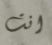
انت